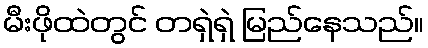
မီးဖိုထဲတွင် တရှဲရှဲ မြည်နေသည်။